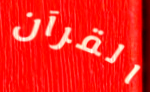
القرآن